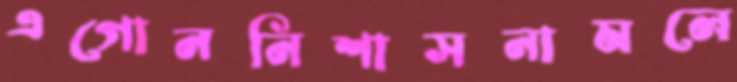
এগোননিশাসনামলে